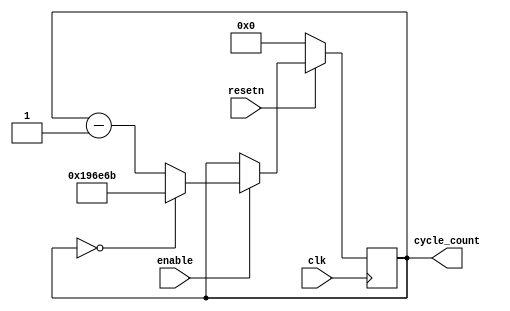
`ifndef UTIL
// DelayCounter Modules ==========================================================
module DelayCounter30FPS(input clk, resetn, enable, output reg [20:0] cycle_count);
    // 50 Mhz / 30 Hz = 1666667
    always @(posedge clk) begin
        if (!resetn) cycle_count <= 0;//21'd1666667;
        else if (enable) begin
            if (cycle_count == 0) cycle_count <= 21'd1666667;
            else cycle_count <= cycle_count - 1'b1; 
        end
    end
endmodule

module DelayCounter60FPS(input clk, resetn, enable, output reg [19:0] cycle_count);
    // 50 Mhz / 60 Hz = 833333
    always @(posedge clk) begin
        if (!resetn) cycle_count <= 0;//20'd833332;
        else if (enable) begin
            if (cycle_count == 0) cycle_count <= 20'd833332;
            else cycle_count <= cycle_count - 1'b1; 
        end
    end
endmodule

module DelayCounterTest(input clk, resetn, enable, output reg [20:0] cycle_count);
    always @(posedge clk) begin
        if (!resetn) cycle_count <= 0;//21'd99999;
        else if (enable) begin
            if (cycle_count == 0) cycle_count <= 21'd99999;
            else cycle_count <= cycle_count - 1'b1; 
        end
    end
endmodule

// FrameSkipper Modules ==========================================================
module FrameSkipper(input clk, frameClk, resetn, input [3:0] skipCount, output reg [3:0] frame_count);
    always @(posedge clk) begin
        if (!resetn) frame_count <= 0;
        else if (frameClk) begin
            if (frame_count == 0) frame_count <= skipCount;
            else frame_count <= frame_count - 1'b1;
        end
    end
endmodule

module FrameSkipperClkAccurate(input clk, frameClk, resetn, input [3:0] skipCount, output reg [3:0] frame_count);
    always @(posedge clk) begin
        if (!resetn) frame_count <= 0;
        else begin
            if (frame_count == 0) frame_count <= skipCount;
            else if (frameClk) frame_count <= frame_count - 1'b1;
        end
    end
endmodule

// Random Number Modules ==========================================================
/* 4-bit Linear-Feedback Shift Register for Pseudo-RNG */
module LFSR4bit(clk, reset, enable, out);
    input clk, enable, reset;
    output reg [3:0] out;
    wire feedback;
    
    /* Feedback bit uses 3rd and 1st bit as tap bits. */
    assign feedback = ~(out[2] ^ out[0]);
    
    always @(posedge clk)
        begin
            if (reset == 1'b0)
                out <= 4'b0;
            else if (enable == 1'b1)
                out <= {out[2:0], feedback};
        end
endmodule


// View Modules ==========================================================
/** hex_decoder used from lab 6 */
module hex_decoder(hex_digit, segments);
    input [3:0] hex_digit;
    output reg [6:0] segments;
   
    always @(*)
        case (hex_digit)
            4'h0: segments = 7'b100_0000;
            4'h1: segments = 7'b111_1001;
            4'h2: segments = 7'b010_0100;
            4'h3: segments = 7'b011_0000;
            4'h4: segments = 7'b001_1001;
            4'h5: segments = 7'b001_0010;
            4'h6: segments = 7'b000_0010;
            4'h7: segments = 7'b111_1000;
            4'h8: segments = 7'b000_0000;
            4'h9: segments = 7'b001_1000;
            4'hA: segments = 7'b000_1000;
            4'hB: segments = 7'b000_0011;
            4'hC: segments = 7'b100_0110;
            4'hD: segments = 7'b010_0001;
            4'hE: segments = 7'b000_0110;
            4'hF: segments = 7'b000_1110;   
            default: segments = 7'h7f;
        endcase
endmodule
`define UTIL
`endif